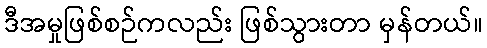
ဒီအမှုဖြစ်စဉ်ကလည်း ဖြစ်သွားတာ မှန်တယ်။